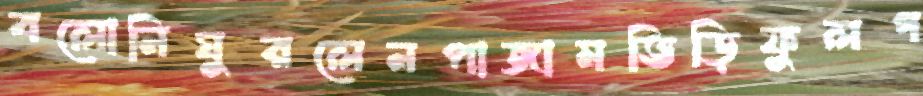
বলোনিঘুরলেনপাজামভিড়িফুলগ